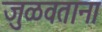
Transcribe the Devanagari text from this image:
जुळवताना